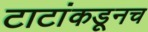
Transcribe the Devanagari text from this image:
टाटांकडूनच